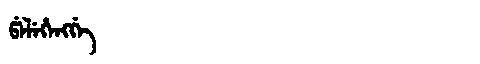
Manchu: ᡦᡝᠯᡝᡥᡝᠩᡤᡝ
Romanization: PELEHENGGE